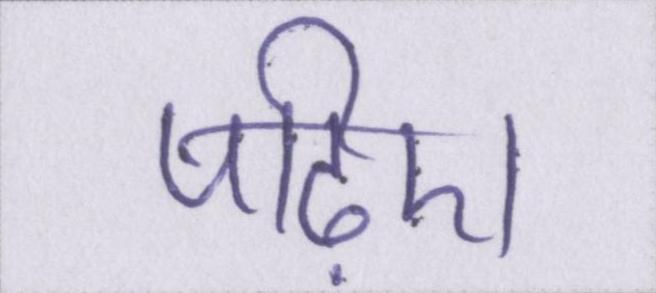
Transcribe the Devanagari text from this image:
पढ़िए